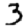
Digit: 3